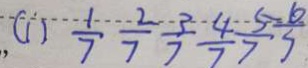
( 1 ) \frac { 1 } { 7 } \frac { 2 } { 7 } \frac { 3 } { 7 } \frac { 4 } { 7 } \frac { 5 } { 7 } \frac { 6 } { 7 }